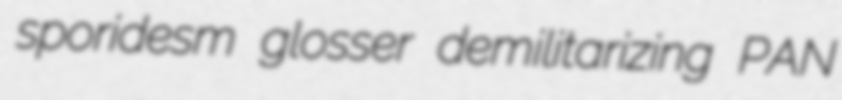
sporidesm glosser demilitarizing PAN